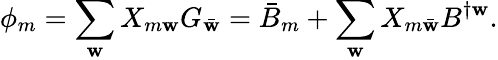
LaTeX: \phi_{m}=\sum_{\mathbf{w}}X_{m\mathbf{w}}G_{\bar{{\mathbf{w}}}}=\bar{{B}}_{m}+\sum_{\mathbf{w}}X_{m\bar{{\mathbf{w}}}}B^{\dagger\mathbf{w}}.